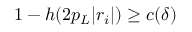
1 - h ( 2 p _ { L } | r _ { i } | ) \geq c ( \delta )